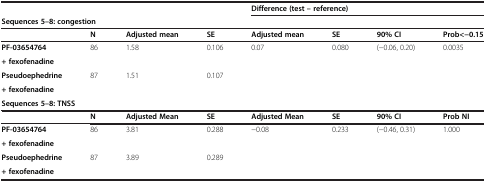
| <COLSPAN=4>  | <COLSPAN=4> Difference (test – reference) |
 | <COLSPAN=4> Sequences 5–8: congestion | <COLSPAN=4>  |
 |  | N | Adjusted mean | SE | Adjusted mean | SE | 90% CI | Prob<-0.15 |
 | --- | --- | --- | --- | --- | --- | --- | --- |
 | PF-03654764 | <ROWSPAN=2> 86 | <ROWSPAN=2> 1.58 | <ROWSPAN=2> 0.106 | <ROWSPAN=2> 0.07 | <ROWSPAN=2> 0.080 | <ROWSPAN=2> (-0.06, 0.20) | <ROWSPAN=2> 0.0035 |
 | + fexofenadine |
 | Pseudoephedrine | <ROWSPAN=2> 87 | <ROWSPAN=2> 1.51 | <ROWSPAN=2> 0.107 | <ROWSPAN=2>  | <ROWSPAN=2>  | <ROWSPAN=2>  | <ROWSPAN=2>  |
 | + fexofenadine |
 | <COLSPAN=4> Sequences 5–8: TNSS |  |  |  |  |
 |  | N | Adjusted Mean | SE | Adjusted Mean | SE | 90% CI | Prob NI |
 | PF-03654764 | <ROWSPAN=2> 86 | <ROWSPAN=2> 3.81 | <ROWSPAN=2> 0.288 | <ROWSPAN=2> -0.08 | <ROWSPAN=2> 0.233 | <ROWSPAN=2> (-0.46, 0.31) | <ROWSPAN=2> 1.000 |
 | + fexofenadine |
 | Pseudoephedrine | <ROWSPAN=2> 87 | <ROWSPAN=2> 3.89 | <ROWSPAN=2> 0.289 | <ROWSPAN=2>  | <ROWSPAN=2>  | <ROWSPAN=2>  | <ROWSPAN=2>  |
 | + fexofenadine |